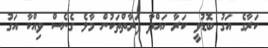
ކަރާގެ އަގު ބޮޑުވީ ކަރާ ހައްދާ ފަރާތްތަކުން މާލެ ގެނެސް ވިއްކާ އަގު